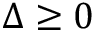
\Delta \geq 0